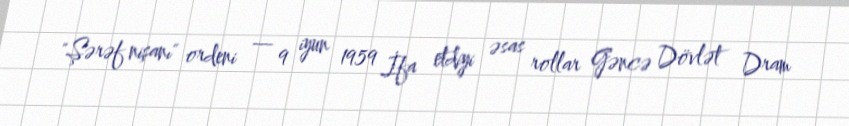
"Şərəf nişanı" ordeni — 9 iyun 1959 İfa etdiyi əsas rollar Gəncə Dövlət Dram